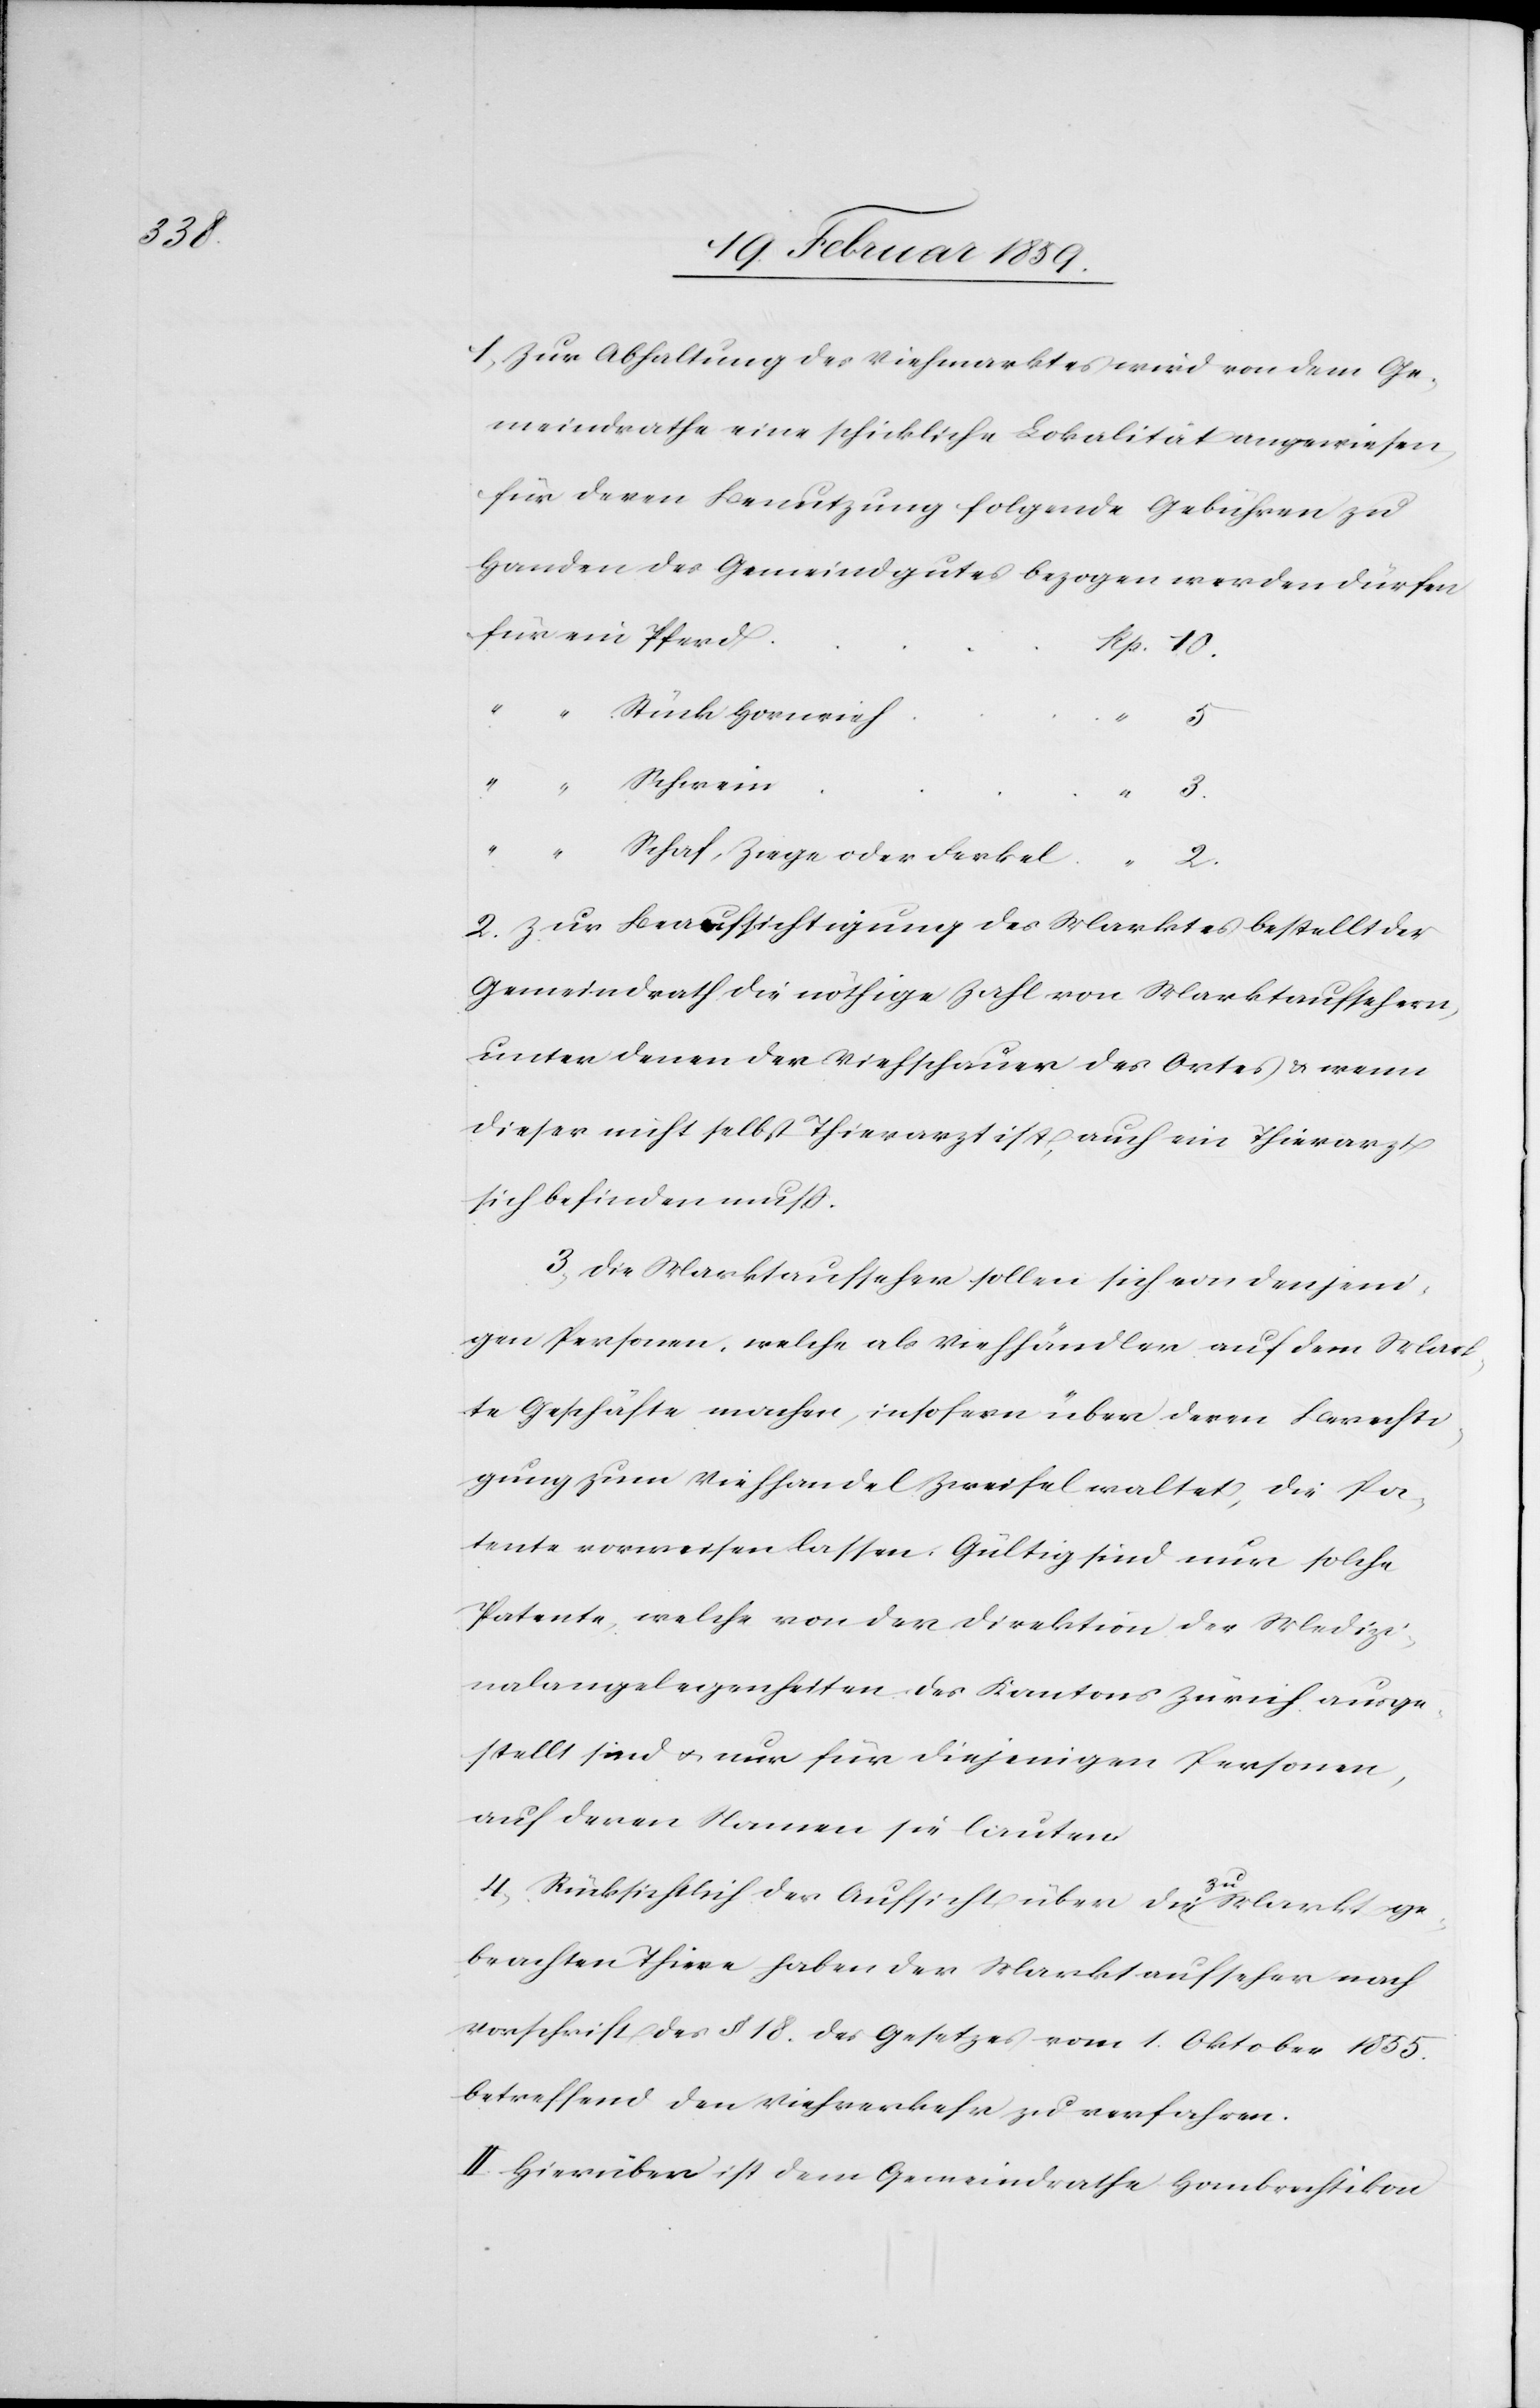
10.

1) Zur Abhaltung des Viehmarktes wird von dem Ge¬
meindrathe eine schickliche Lokalität angewiesen,
für deren Benutzung folgende Gebühren zu
Handen des Gemeindgutes bezogen werden dürfen
Stück Hornvieh
“
3.
“
“
Schaf, Ziege oder Ferkel
2.
2) Zur Beaufsichtigung des Marktes bestellt der
Gemeindrath die nöthige Zahl von Marktaufsehern,
unter denen der Viehschauer des Ortes & wenn
dieser nicht selbst Thierarzt ist, auch ein Thierarzt
sich befinden muß.
3) Die Marktaufseher sollen sich von denjeni¬
gen Personen, welche als Viehhändler auf dem Mark¬
te Geschäfte machen, insofern über deren Berechti¬
gung zum Viehhandel Zweifel waltet, die Pa¬
tente vorweisen lassen. Gültig sind nur solche
Patente, welche von der Direktion der Medizi¬
nalangelegenheiten des Kantons Zürich ausge¬
stellt sind u. nur für diejenigen Personen,
auf deren Namen sie lauten.
4) Rücksichtlich der Aufsicht über die zu Markt ge¬
brachten Thiere haben [sic!] der Marktaufseher nach
Vorschrift des § 18. des Gesetzes vom 1. Oktober 1855
betreffend den Viehverkehr zu verfahren.
II. Hierüber ist dem Gemeindrathe Hombrechtikon